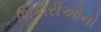
શિકારીઓનો